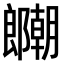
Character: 𫑱